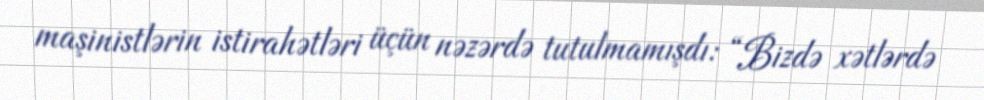
maşinistlərin istirahətləri üçün nəzərdə tutulmamışdı: “Bizdə xətlərdə